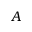
A